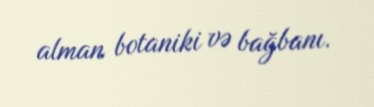
alman botaniki və bağbanı.